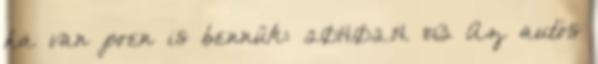
ha van poen is bennük: 2014.02.14. 11:13 Az autós